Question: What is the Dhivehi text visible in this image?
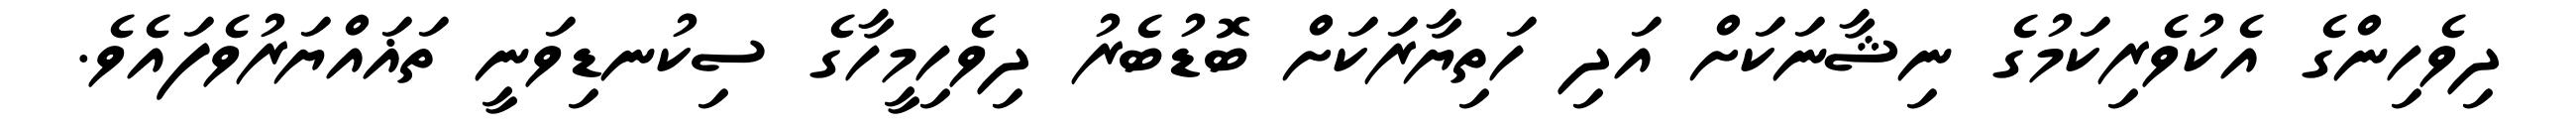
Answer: ދިވެހިންގެ އެކުވެރިކަމުގެ ނިޝާނަކަށް އަދި ހަތިޔާރަކަށް ބޮޑުބެރު ދިވެހިމީހާގެ ސިކުނޑިވަނީ ތަޣައްޔަރުވެފައެވެ.